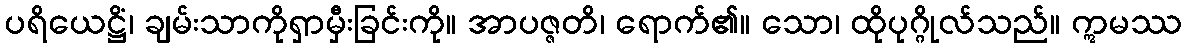
ပရိယေဋ္ဌိံ၊ ချမ်းသာကိုရှာမှီးခြင်းကို။ အာပဇ္ဇတိ၊ ရောက်၏။ သော၊ ထိုပုဂ္ဂိုလ်သည်။ ဣမဿ